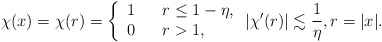
\begin{align*} \chi(x) =\chi(r)= \left\{\begin{array}{ccl}1 && r \leq 1-\eta, \\0 && r>1, \end{array}\right. |\chi'(r)| \lesssim \frac{1}{\eta}, r=|x|.\end{align*}